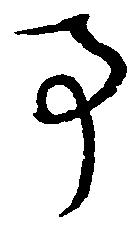
事